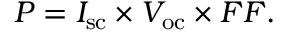
P = I _ { \mathrm { s c } } \times V _ { \mathrm { o c } } \times F F .